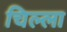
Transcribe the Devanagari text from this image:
चिल्‍ला